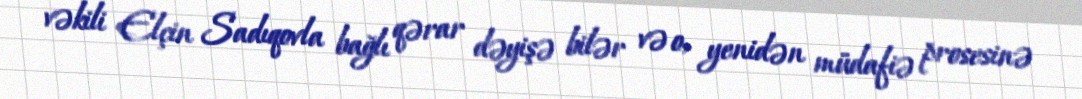
vəkili Elçin Sadıqovla bağlı qərar dəyişə bilər və o, yenidən müdafiə prosesinə